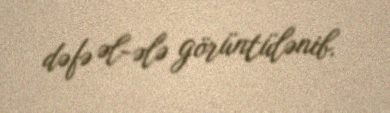
dəfə əl-ələ görüntülənib.